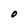
Character: 0